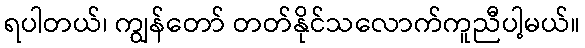
ရပါတယ်၊ ကျွန်တော် တတ်နိုင်သလောက်ကူညီပါ့မယ်။